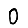
Digit: 0